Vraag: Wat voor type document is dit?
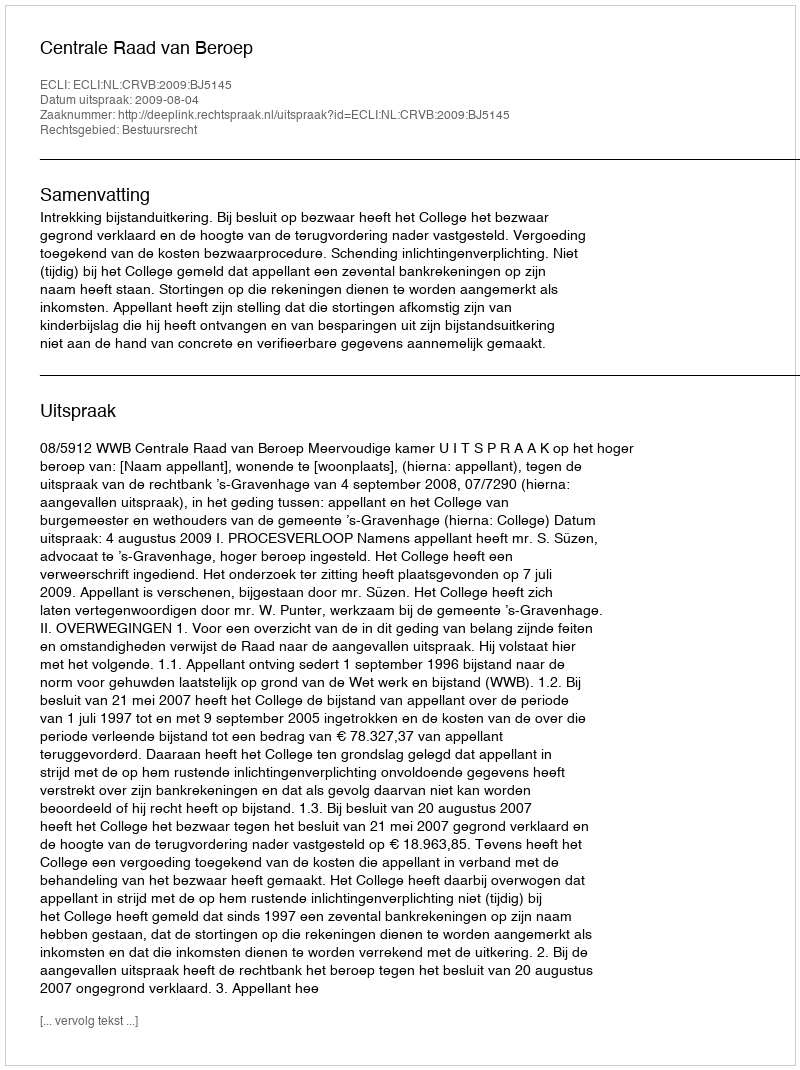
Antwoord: Uitspraak